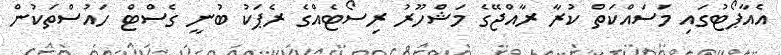
އެއާޕޯޓުގައި މަސައްކަތް ކުރާ ރާއްޖޭގެ މަޝްހޫރު ރިސޯޓެއްގެ ރެޕަކު ބުނީ ގެސްޓް ހައުސްތަކުން